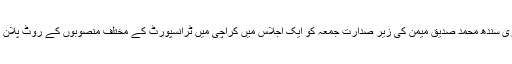
2015ء)چیف سیکرٹری سندھ محمد صدیق میمن کی زیر صدارت جمعہ کو ایک اجلاس میں کراچی میں ٹرانسپورٹ کے مختلف منصوبوں کے روٹ پلان کی منظوری دی گئی ۔